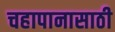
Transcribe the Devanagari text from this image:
चहापानासाठी